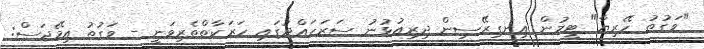
"ވަގުތު ހޭރިޔާ" ޓީމުން އިނގިރޭސިން ދިރިއުޅުނު ސަރަހައްދުގައި ހަރަކާތްތެރިވަނީ - ވަގުތު އިމޭޖަސް: